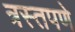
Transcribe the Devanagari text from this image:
त्रस्तपणे